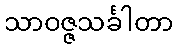
သာဝဇ္ဇသင်္ခါတာ